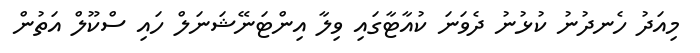
މިއަދު ހެނދުނު ކުޅުނު ދެވަނަ ކުއާޓާގައި ވިލާ އިންޓަނޭޝަނަލް ހައި ސްކޫލް އަތުން